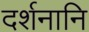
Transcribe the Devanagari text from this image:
दर्शनानि